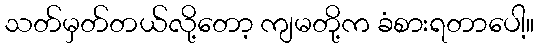
သတ်မှတ်တယ်လို့တော့ ကျမတို့က ခံစားရတာပေါ့။